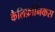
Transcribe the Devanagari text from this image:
कैलिफ़ोर्निकस